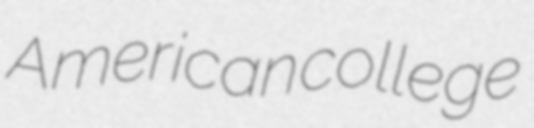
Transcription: American college